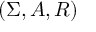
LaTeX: ( \Sigma , A , R )